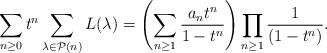
LaTeX: \begin{align*}\sum_{n\geq0}t^n\sum_{\lambda\in \mathcal{P}(n)}L(\lambda)= \left(\sum_{n\geq 1}\frac{a_nt^{n}}{1-t^{n}}\right)\prod_{n\geq 1}\frac{1}{(1-t^n)}.\end{align*}